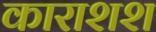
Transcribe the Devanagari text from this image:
काराशश